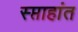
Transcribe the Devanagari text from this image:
स्प्ताहांत